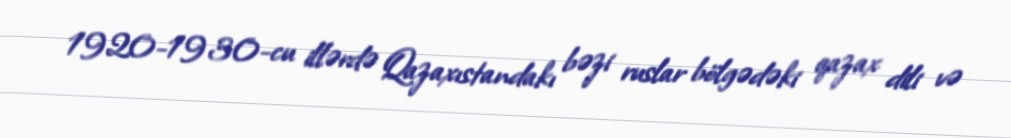
1920-1930-cu illərdə Qazaxıstandakı bəzi ruslar bölgədəki qazax dili və